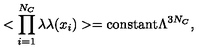
< \prod _ { i = 1 } ^ { N _ { C } } \lambda \lambda ( x _ { i } ) > = \mathrm { c o n s t a n t } \Lambda ^ { 3 N _ { C } } ,